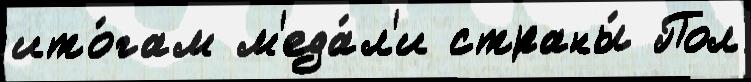
ито́гам м'еда́л'и страны́ Пол